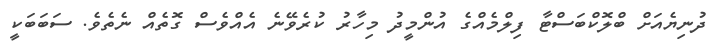
ދުނިޔެއަށް ބްލޮކްބަސްޓާ ފިލްމެއްގެ އުންމީދު މިހާރު ކުރެވޭނެ އެއްވެސް ގޮތެއް ނެތެވެ. ސަބަބަކީ